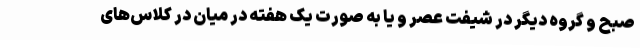
صبح و گروه دیگر در شیفت عصر و یا به صورت یک هفته در میان در کلاس‌های